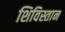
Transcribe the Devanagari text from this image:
शिविस्तान